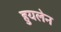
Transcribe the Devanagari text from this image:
हुयलेन